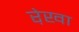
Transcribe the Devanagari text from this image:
रे़खा